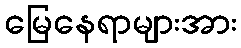
မြေနေရာများအား